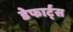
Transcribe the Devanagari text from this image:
डेफार्ट्स